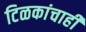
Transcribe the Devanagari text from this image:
टिळकांचाही